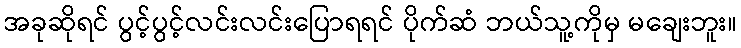
အခုဆိုရင် ပွင့်ပွင့်လင်းလင်းပြောရရင် ပိုက်ဆံ ဘယ်သူ့ကိုမှ မချေးဘူး။